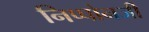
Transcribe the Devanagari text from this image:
निप्पोनजी